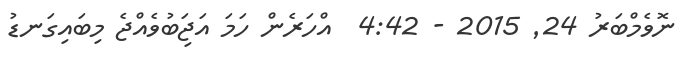
ނޮވެމްބަރު 24